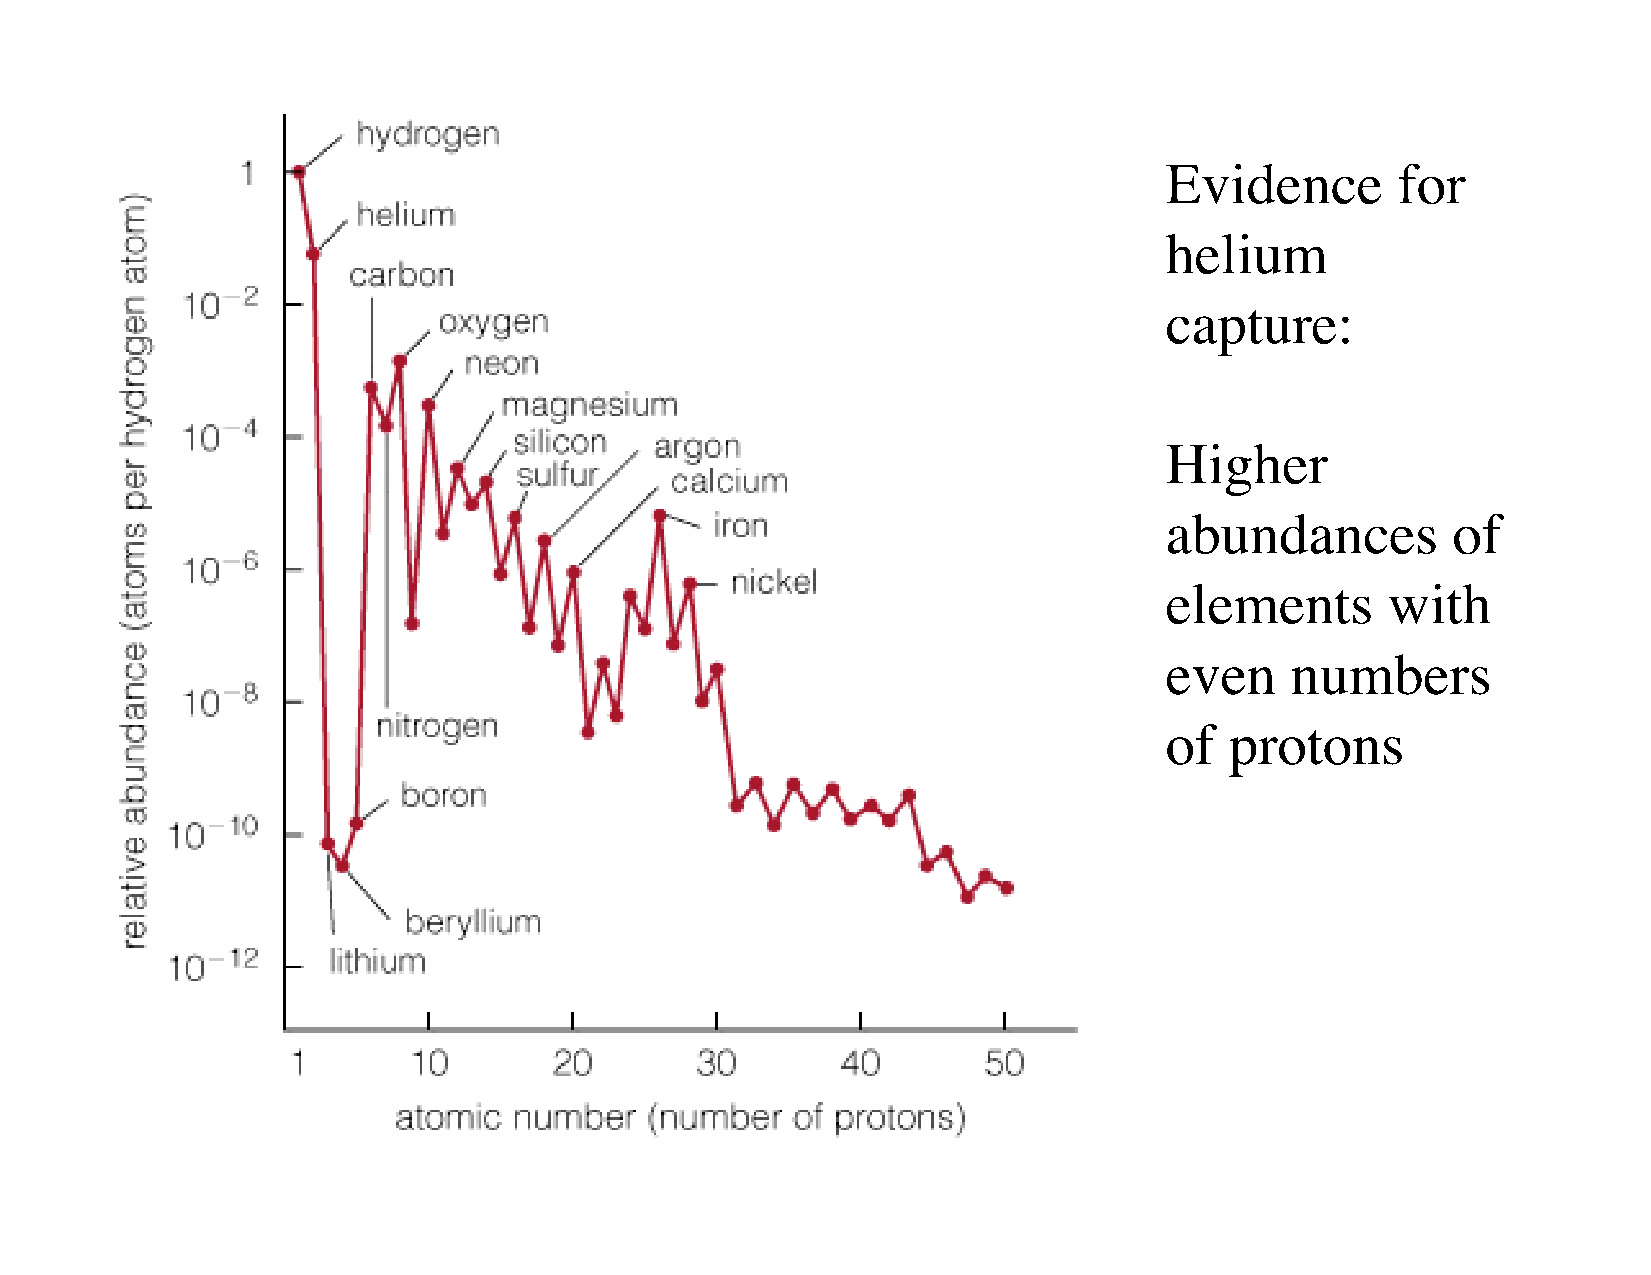
Evidence       for
 helium
 capture:
 Higher
 abundances         of
 elements       with
 even    numbers
 of  protons